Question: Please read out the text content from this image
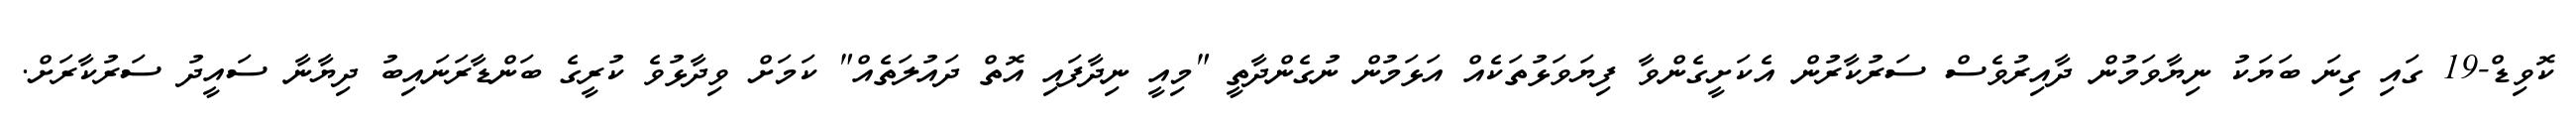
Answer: ކޮވިޑް-19 ގައި ގިނަ ބަޔަކު ނިޔާވަމުން ދާއިރުވެސް ސަރުކާރުން އެކަށީގެންވާ ފިޔަވަޅުތަކެއް އަޅަމުން ނުގެންދާތީ "މިއީ ނިދާފައި އޮތް ދައުލަތެއް" ކަމަށް ވިދާޅުވެ ކުރީގެ ބަންޑާރަނައިބު ދިޔާނާ ސައީދު ސަރުކާރަށް.